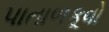
પાતાળકૂવો